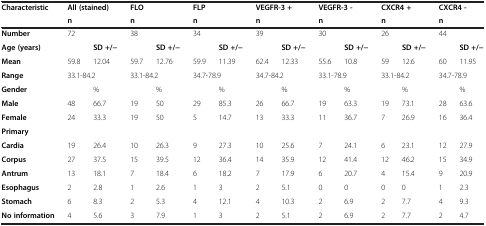
<table><thead><tr><td><b>Characteristic</b></td><td colspan="2"><b>All (stained)</b></td><td colspan="2"><b>FLO</b></td><td colspan="2"><b>FLP</b></td><td colspan="2"><b>VEGFR-3 +</b></td><td colspan="2"><b>VEGFR-3 -</b></td><td colspan="2"><b>CXCR4 +</b></td><td colspan="2"><b>CXCR4 -</b></td></tr><tr><td><b> </b></td><td colspan="2"><b>n</b></td><td colspan="2"><b>n</b></td><td colspan="2"><b>n</b></td><td colspan="2"><b>n</b></td><td colspan="2"><b>n</b></td><td colspan="2"><b>n</b></td><td colspan="2"><b>n</b></td></tr></thead><tbody><tr><td><b>Number</b></td><td colspan="2">72</td><td colspan="2">38</td><td colspan="2">34</td><td colspan="2">39</td><td colspan="2">30</td><td colspan="2">26</td><td colspan="2">44</td></tr><tr><td><b>Age (years)</b></td><td> </td><td><b>SD +/−</b></td><td> </td><td><b>SD +/−</b></td><td> </td><td><b>SD +/−</b></td><td> </td><td><b>SD +/−</b></td><td> </td><td><b>SD +/−</b></td><td> </td><td><b>SD +/−</b></td><td> </td><td><b>SD +/−</b></td></tr><tr><td><b>Mean</b></td><td>59.8</td><td>12.04</td><td>59.7</td><td>12.76</td><td>59.9</td><td>11.39</td><td>62.4</td><td>12.33</td><td>55.6</td><td>10.8</td><td>59</td><td>12.6</td><td>60</td><td>11.95</td></tr><tr><td><b>Range</b></td><td colspan="2">33.1-84.2</td><td colspan="2">33.1-84.2</td><td colspan="2">34.7-78.9</td><td colspan="2">34.7-84.2</td><td colspan="2">33.1-78.9</td><td colspan="2">33.1-84.2</td><td colspan="2">34.7-78.9</td></tr><tr><td><b>Gender</b></td><td> </td><td>%</td><td> </td><td>%</td><td> </td><td>%</td><td> </td><td>%</td><td> </td><td>%</td><td> </td><td>%</td><td> </td><td>%</td></tr><tr><td><b>Male</b></td><td>48</td><td>66.7</td><td>19</td><td>50</td><td>29</td><td>85.3</td><td>26</td><td>66.7</td><td>19</td><td>63.3</td><td>19</td><td>73.1</td><td>28</td><td>63.6</td></tr><tr><td><b>Female</b></td><td>24</td><td>33.3</td><td>19</td><td>50</td><td>5</td><td>14.7</td><td>13</td><td>33.3</td><td>11</td><td>36.7</td><td>7</td><td>26.9</td><td>16</td><td>36.4</td></tr><tr><td><b>Primary</b></td><td> </td><td> </td><td> </td><td> </td><td> </td><td> </td><td> </td><td> </td><td> </td><td> </td><td> </td><td> </td><td> </td><td> </td></tr><tr><td><b>Cardia</b></td><td>19</td><td>26.4</td><td>10</td><td>26.3</td><td>9</td><td>27.3</td><td>10</td><td>25.6</td><td>7</td><td>24.1</td><td>6</td><td>23.1</td><td>12</td><td>27.9</td></tr><tr><td><b>Corpus</b></td><td>27</td><td>37.5</td><td>15</td><td>39.5</td><td>12</td><td>36.4</td><td>14</td><td>35.9</td><td>12</td><td>41.4</td><td>12</td><td>46.2</td><td>15</td><td>34.9</td></tr><tr><td><b>Antrum</b></td><td>13</td><td>18.1</td><td>7</td><td>18.4</td><td>6</td><td>18.2</td><td>7</td><td>17.9</td><td>6</td><td>20.7</td><td>4</td><td>15.4</td><td>9</td><td>20.9</td></tr><tr><td><b>Esophagus</b></td><td>2</td><td>2.8</td><td>1</td><td>2.6</td><td>1</td><td>3</td><td>2</td><td>5.1</td><td>0</td><td>0</td><td>0</td><td>0</td><td>1</td><td>2.3</td></tr><tr><td><b>Stomach</b></td><td>6</td><td>8.3</td><td>2</td><td>5.3</td><td>4</td><td>12.1</td><td>4</td><td>10.3</td><td>2</td><td>6.9</td><td>2</td><td>7.7</td><td>4</td><td>9.3</td></tr><tr><td><b>No information</b></td><td>4</td><td>5.6</td><td>3</td><td>7.9</td><td>1</td><td>3</td><td>2</td><td>5.1</td><td>2</td><td>6.9</td><td>2</td><td>7.7</td><td>2</td><td>4.7</td></tr></tbody></table>